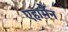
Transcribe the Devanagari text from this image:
एहार्मैन